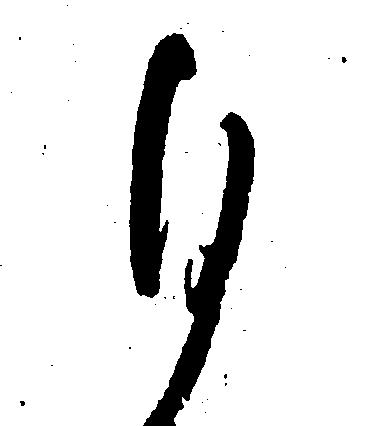
ひ